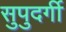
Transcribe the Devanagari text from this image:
सुपुदर्गी